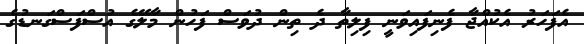
އެފަހަރު އެކުއްޖާ ފެނިފައިވަނީ ފިލިތާ ދެ ތިން ދުވަސް ފަހުން މާލޭގެ އުސްފަސްގަނޑުގެ